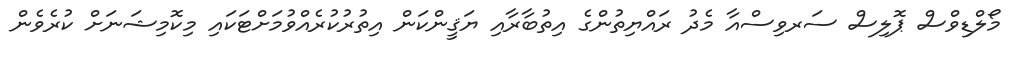
މޯލްޑިވްސް ޕޮލިސް ސަރވިސްއާ މެދު ރައްޔިތުންގެ އިތުބާރާއި ޔަޤީންކަން އިތުރުކުރެއްވުމަށްޓަކައި މިކޮމިޝަނަށް ކުރެވެން